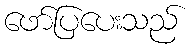
ဖော်ပြပေးသည်